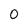
Character: 0